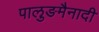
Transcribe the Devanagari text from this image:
पालुङमैनादी